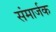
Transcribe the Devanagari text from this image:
संमार्जक